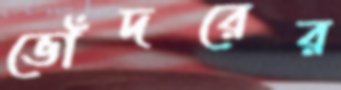
ভোঁদরের